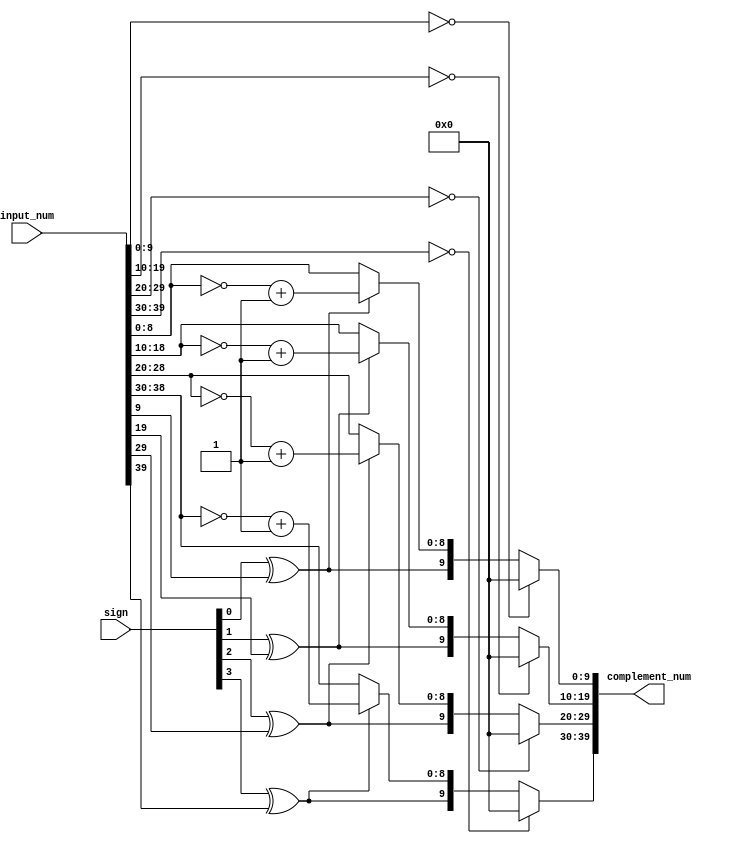
//
module complement #(
    parameter sigWidth   = 4,
    parameter low_expand = 2
) (
    input  [                          3:0] sign,
    input  [(sigWidth+4+low_expand)*4-1:0] input_num,
    output [(sigWidth+4+low_expand)*4-1:0] complement_num
);

  wire [3:0] zero;
  wire [3:0] complement_sign;
  wire [(sigWidth+4+low_expand)*4-1:0] complement_num_buf;

  genvar i;
  generate 
    for(i = 0;i < 4;i = i + 1) begin
    assign zero[i] = (input_num[(sigWidth+4+low_expand)*(i+1)-1 : (sigWidth+4+low_expand)*i] == {(sigWidth+4+low_expand){1'b0}});
  end
  endgenerate
  
  assign complement_sign[0] = sign[0] ^ input_num[(sigWidth+4+low_expand)*1-1];
  assign complement_sign[1] = sign[1] ^ input_num[(sigWidth+4+low_expand)*2-1];
  assign complement_sign[2] = sign[2] ^ input_num[(sigWidth+4+low_expand)*3-1];
  assign complement_sign[3] = sign[3] ^ input_num[(sigWidth+4+low_expand)*4-1];
  assign complement_num_buf[(sigWidth+4+low_expand)*1-2:(sigWidth+4+low_expand)*0] = complement_sign[0] ? ~input_num[(sigWidth+4+low_expand)*1-2:(sigWidth+4+low_expand)*0] + 1 : input_num[(sigWidth+4+low_expand)*1-2:(sigWidth+4+low_expand)*0];
  assign complement_num_buf[(sigWidth+4+low_expand)*2-2:(sigWidth+4+low_expand)*1] = complement_sign[1] ? ~input_num[(sigWidth+4+low_expand)*2-2:(sigWidth+4+low_expand)*1] + 1 : input_num[(sigWidth+4+low_expand)*2-2:(sigWidth+4+low_expand)*1];
  assign complement_num_buf[(sigWidth+4+low_expand)*3-2:(sigWidth+4+low_expand)*2] = complement_sign[2] ? ~input_num[(sigWidth+4+low_expand)*3-2:(sigWidth+4+low_expand)*2] + 1 : input_num[(sigWidth+4+low_expand)*3-2:(sigWidth+4+low_expand)*2];
  assign complement_num_buf[(sigWidth+4+low_expand)*4-2:(sigWidth+4+low_expand)*3] = complement_sign[3] ? ~input_num[(sigWidth+4+low_expand)*4-2:(sigWidth+4+low_expand)*3] + 1 : input_num[(sigWidth+4+low_expand)*4-2:(sigWidth+4+low_expand)*3];
  assign complement_num_buf[(sigWidth+4+low_expand)*1-1] = complement_sign[0];
  assign complement_num_buf[(sigWidth+4+low_expand)*2-1] = complement_sign[1];
  assign complement_num_buf[(sigWidth+4+low_expand)*3-1] = complement_sign[2];
  assign complement_num_buf[(sigWidth+4+low_expand)*4-1] = complement_sign[3];

  generate 
    for(i = 0;i < 4;i = i + 1) begin
    assign complement_num[(sigWidth+4+low_expand)*(i+1)-1 : (sigWidth+4+low_expand)*i] = zero[i] ? {(sigWidth+4+low_expand){1'b0}} : complement_num_buf[(sigWidth+4+low_expand)*(i+1)-1 : (sigWidth+4+low_expand)*i];
  end
  endgenerate
  

endmodule